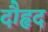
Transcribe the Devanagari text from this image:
दौहृद